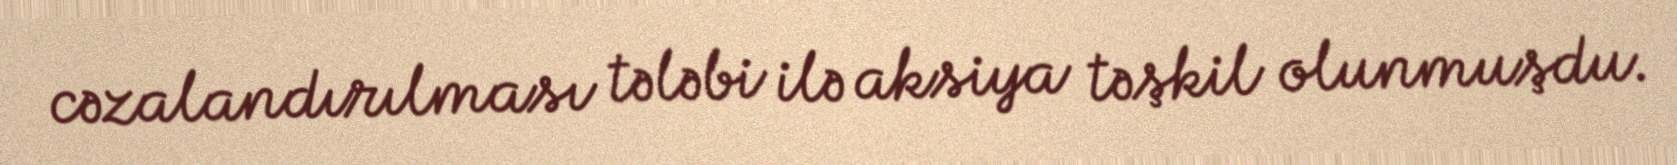
cəzalandırılması tələbi ilə aksiya təşkil olunmuşdu.